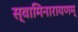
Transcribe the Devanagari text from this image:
स्वामिनारायणम्